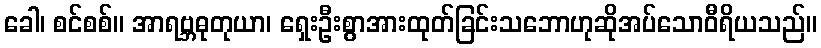
ခေါ၊ စင်စစ်။ အာရဗ္ဘဓုတုယာ၊ ရှေးဦးစွာအားထုတ်ခြင်းသဘောဟုဆိုအပ်သောဝီရိယသည်။